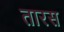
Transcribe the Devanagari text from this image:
तारस